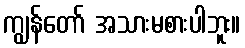
ကျွန်တော် အသားမစားပါဘူး။